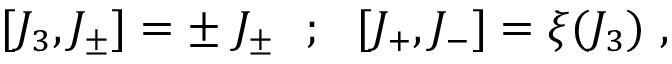
\lbrack J _ { 3 } , J _ { \pm } \rbrack = \pm \; J _ { \pm } ~ ~ ; ~ ~ \lbrack J _ { + } , J _ { - } \rbrack = \xi ( J _ { 3 } ) ~ ,